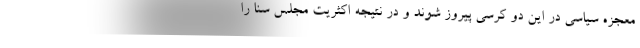
معجزه سیاسی در این دو کرسی پیروز شوند و در نتیجه اکثریت مجلس سنا را